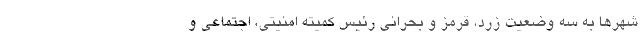
شهرها به سه وضعیت زرد، قرمز و بحرانی رئیس کمیته امنیتی، اجتماعی و